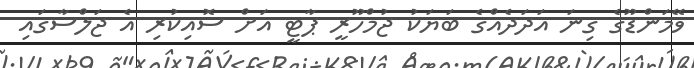
ވޭމަންޑޫގެ ގިނަ އަދަދެއްގެ ބަޔަކު ޖުމްހޫރީ ޕާޓީ އަށް ސޮއިކުރި އެ ޖަލްސާގައި